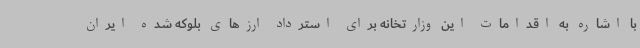
با اشاره به اقدامات این وزارتخانه برای استرداد ارزهای بلوکه شده ایران